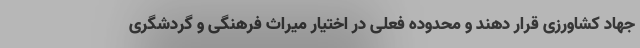
جهاد کشاورزی قرار دهند و محدوده فعلی در اختیار میراث فرهنگی و گردشگری